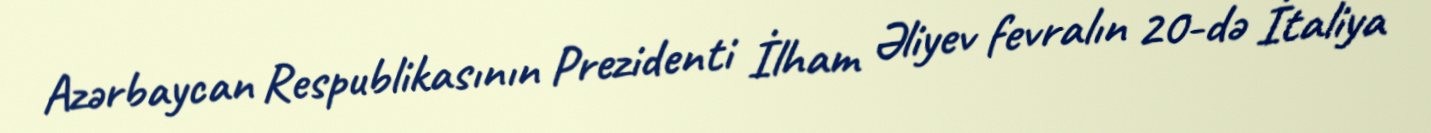
Azərbaycan Respublikasının Prezidenti İlham Əliyev fevralın 20-də İtaliya